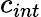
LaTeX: c_{int}